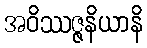
အဝိဿဇ္ဇနိယာနိ